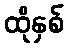
ထိုနှစ်